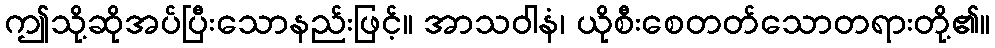
ဤသို့ဆိုအပ်ပြီးသောနည်းဖြင့်။ အာသဝါနံ၊ ယိုစီးစေတတ်သောတရားတို့၏။